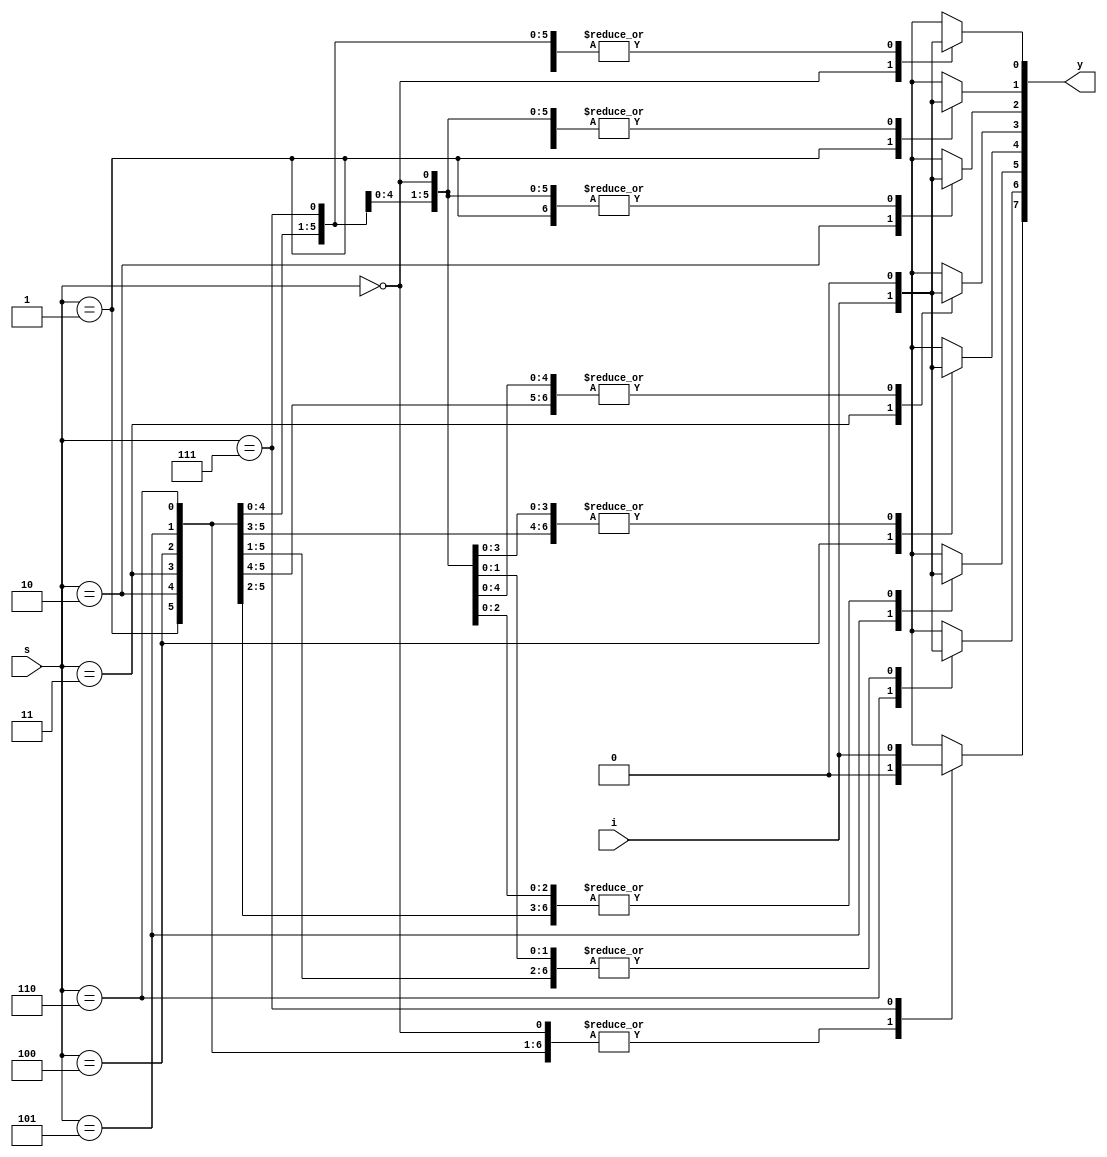
`timescale 1ns / 1ps
//////////////////////////////////////////////////////////////////////////////////
// Company: 
// Engineer: 
// 
// Design Name: 
// Module Name:    demux8to1B 
// Project Name: 
// Target Devices: 
// Tool versions: 
// Description: 
//
// Dependencies: 
//
// Revision: 
// Revision 0.01 - File Created
// Additional Comments: 
//
//////////////////////////////////////////////////////////////////////////////////
module demux8to1B(y,s,i
    );
input i;
input [2:0] s;
output reg [7:0] y;
always@(*)
begin
y=0;
case(s)
3'd0:y[0]=i;
3'd1:y[1]=i;
3'd2:y[2]=i;
3'd3:y[3]=i;
3'd4:y[4]=i;
3'd5:y[5]=i;
3'd6:y[6]=i;
3'd7:y[7]=i;
default:y=8'bx;
endcase
end


endmodule